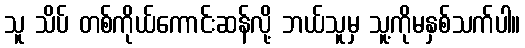
သူ သိပ် တစ်ကိုယ်ကောင်းဆန်လို့ ဘယ်သူမှ သူ့ကိုမနှစ်သက်ပါ။